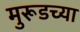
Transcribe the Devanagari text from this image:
मुरूडच्या